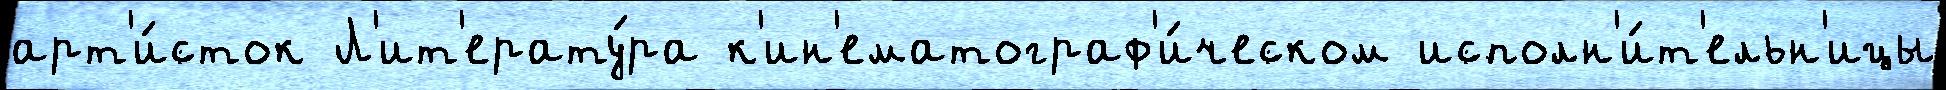
арт'и́сток Л'ит'ерату́ра к'ин'ематограф'и́ческом исполн'и́т'ельн'ицы